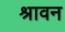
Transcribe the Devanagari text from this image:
श्रावन